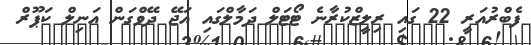
ފެބްރުއަރީ 22 ގައި ރިލީޒްކުރާނެ ޓޯޓަލް ދަމާލްގައި އަޖޭ ދޭވްގަން އަނިލް ކަޕޫރް